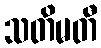
သတိမတီ